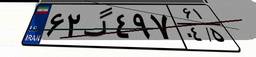
۴۶گ۲۳۳۲۵